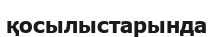
қосылыстарында